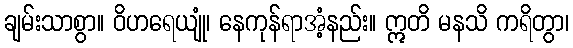
ချမ်းသာစွာ။ ဝိဟရေယျုံ၊ နေကုန်ရာအံ့နည်း။ ဣတိ မနသိ ကရိတွာ၊